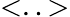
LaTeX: <..>